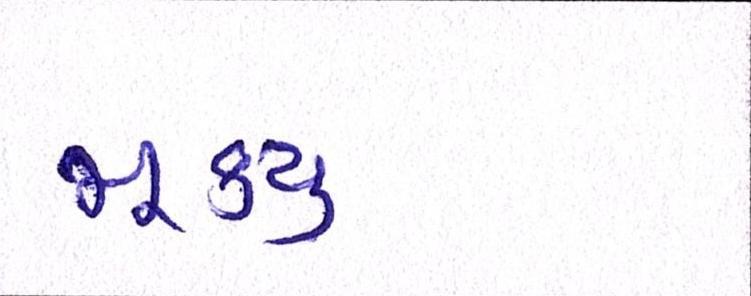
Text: મૂક્યું